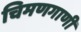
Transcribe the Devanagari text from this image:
चिमणगाणी